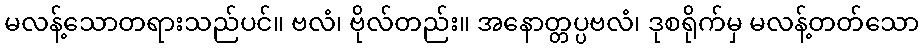
မလန့်သောတရားသည်ပင်။ ဗလံ၊ ဗိုလ်တည်း။ အနောတ္တပ္ပဗလံ၊ ဒုစရိုက်မှ မလန့်တတ်သော